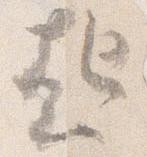
起